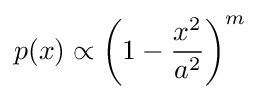
p(x)\propto \left(1-{\frac {x^{2}}{a^{2}}}\right)^{m}